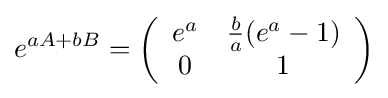
e^{aA+bB}=\left({\begin{array}{cc}e^{a}&{\tfrac {b}{a}}(e^{a}-1)\\0&1\end{array}}\right)